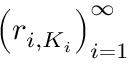
\left( r _ { i , K _ { i } } \right) _ { i = 1 } ^ { \infty }